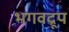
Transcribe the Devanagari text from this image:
भगवद्रूप